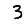
Digit: 3